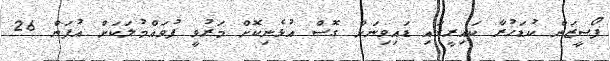
ފޯސީޒަން ކުޑަހުރާ ކައިރީގައި ޑައިވިނަށް ގޮސް އުޅެނިކޮށް މަރުވީ ފުވައްމުލަކަށް އުފަން 26